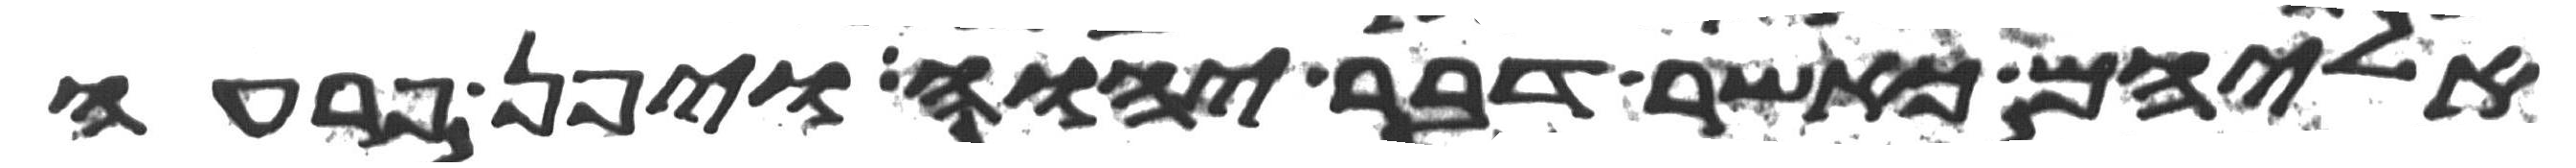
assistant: אליהם כאשר דבר יהוה ויפן פרעה